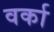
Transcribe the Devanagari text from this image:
वर्का